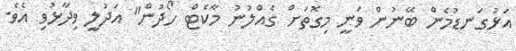
އަޅުގަނޑުމެން ބޭނުން ވަނީ މިގޮތަށް ގެއްލުނު މާކެޓް ހޯދުން" އަދުލީ ވިދާޅުވި އެވެ.